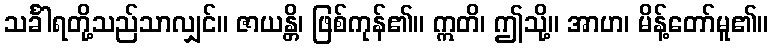
သင်္ခါရတို့သည်သာလျှင်။ ဇာယန္တိ၊ ဖြစ်ကုန်၏။ ဣတိ၊ ဤသို့။ အာဟ၊ မိန့်တော်မူ၏။